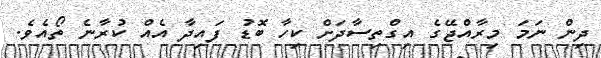
ދިން ނަމަ މިރާއްޖޭގެ އިގްތިސާދަށް ކިހާ ބޮޑު ފައިދާ އެއްް ކުރާނެ ތޯއެވެ.